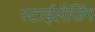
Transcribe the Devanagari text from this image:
स्टाईलैजिंग